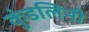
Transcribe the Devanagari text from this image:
कुंडलिनी